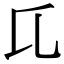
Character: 𬼗